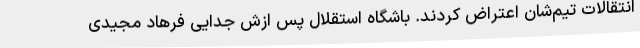
انتقالات تیم‌شان اعتراض کردند. باشگاه استقلال پس ازش جدایی فرهاد مجیدی